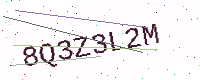
Text: 8Q3Z3L2M